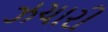
ઝચારી